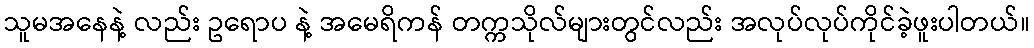
သူမအနေနဲ့ လည်း ဥရောပ နဲ့ အမေရိကန် တက္ကသိုလ်များတွင်လည်း အလုပ်လုပ်ကိုင်ခဲ့ဖူးပါတယ်။